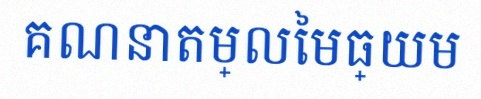
គណនាតម្លៃមធ្យម